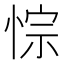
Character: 悰